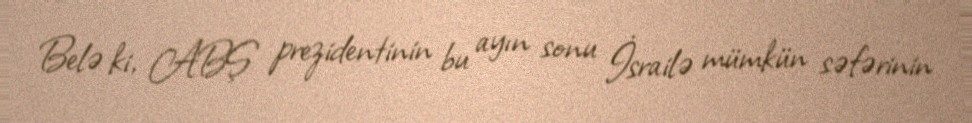
Belə ki, ABŞ prezidentinin bu ayın sonu İsrailə mümkün səfərinin